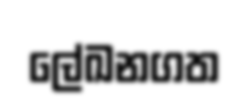
ලේඛනගත